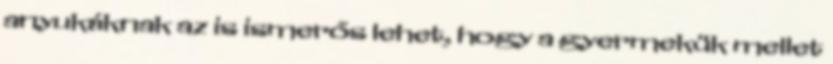
anyukáknak az is ismerős lehet, hogy a gyermekük mellet